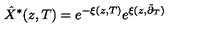
\hat { X } ^ { \ast } ( z , T ) = e ^ { - \xi ( z , T ) } e ^ { \xi ( z , \tilde { \partial } _ { T } ) }